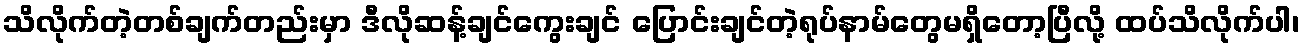
သိလိုက်တဲ့တစ်ချက်တည်းမှာ ဒီလိုဆန့်ချင်ကွေးချင် ပြောင်းချင်တဲ့ရုပ်နာမ်တွေမရှိတော့ပြီလို့ ထပ်သိလိုက်ပါ၊